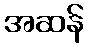
အဆန်